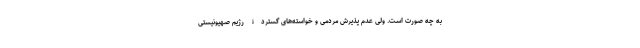
به چه صورت است. ولی عدم پذیرش مردمی و خواسته‌های گستردۀ رژیم صهیونیستی